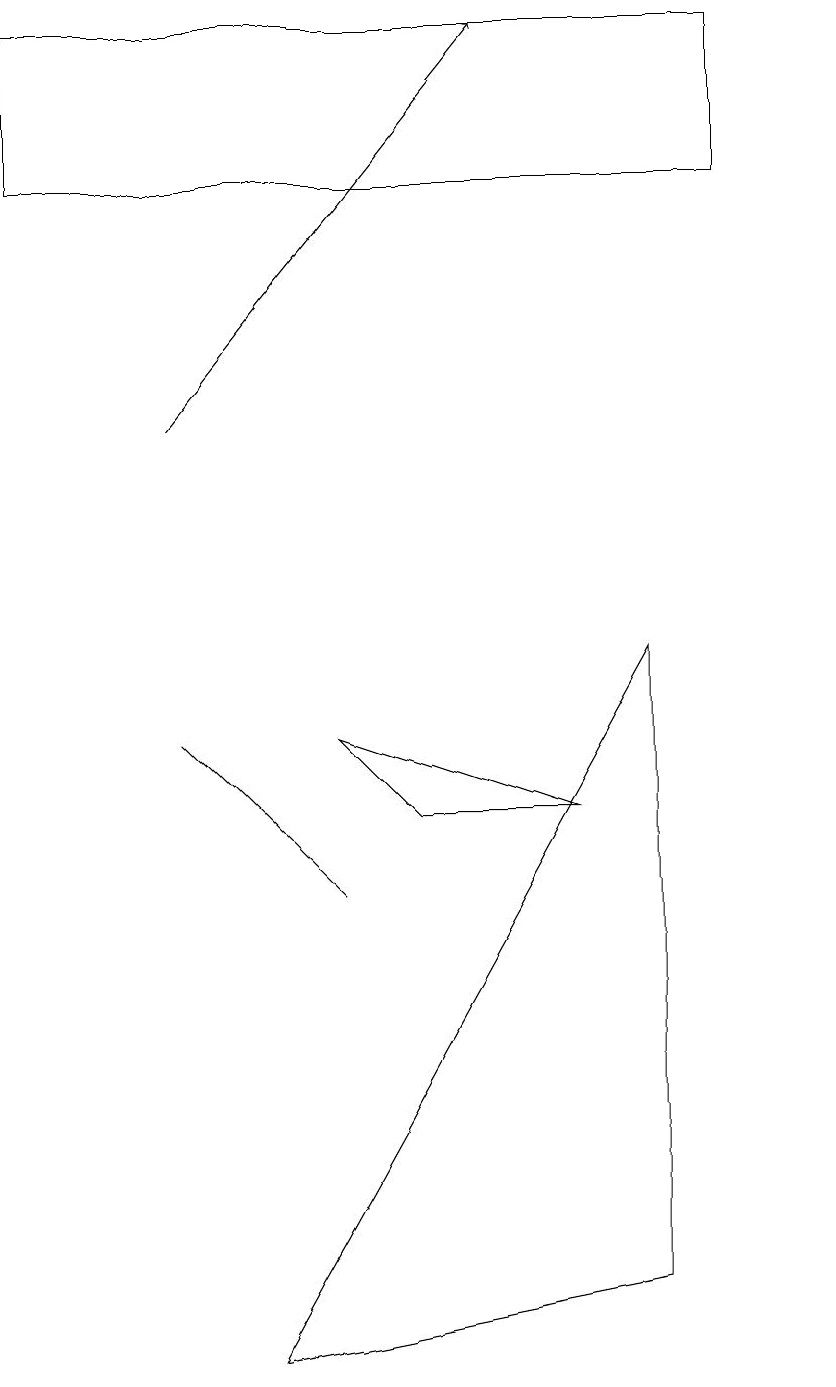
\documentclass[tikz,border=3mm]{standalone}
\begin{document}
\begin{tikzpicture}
\draw (9,15) rectangle (0,17);
\draw (3,0) -- (8,1) -- (8,9) -- cycle;
\draw (10,10) circle (0);
\draw[->] (2,12) -- (6,17);
\draw (4,8) -- (5,7) -- (7,7) -- cycle;
\draw (3,7) -- (4,6) -- (2,8) -- cycle;
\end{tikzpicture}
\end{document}